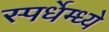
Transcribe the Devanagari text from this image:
स्पर्धेम्ध्ये